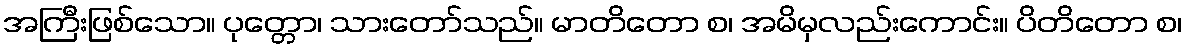
အကြီးဖြစ်သော။ ပုတ္တော၊ သားတော်သည်။ မာတိတော စ၊ အမိမှလည်းကောင်း။ ပိတိတော စ၊